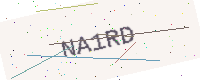
Text: NA1RD